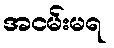
အငမ်းမရ